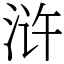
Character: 浒